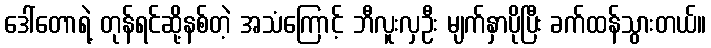
ဒေါ်တောရဲ့ တုန်ရင်ဆို့နစ်တဲ့ အသံကြောင့် ဘီလူးလှဦး မျက်နှာပိုပြီး ခက်ထန်သွားတယ်။